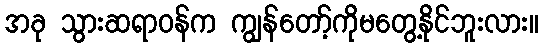
အခု သွားဆရာဝန်က ကျွန်တော့်ကိုမတွေ့နိုင်ဘူးလား။